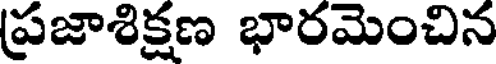
ప్రజాశిక్షణ భారమెంచిన